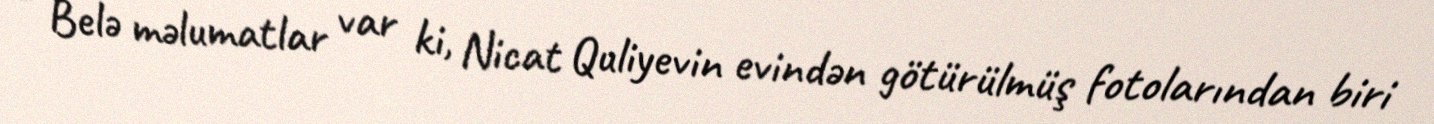
- Belə məlumatlar var ki, Nicat Quliyevin evindən götürülmüş fotolarından biri